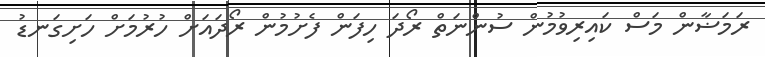
ރަމަޟާން މަސް ކައިރިވުމުން ސުންނަތް ރޯދަ ހިފަން ފެށުމުން ރޯދައަށް ހުރުމަށް ހަށިގަނޑު